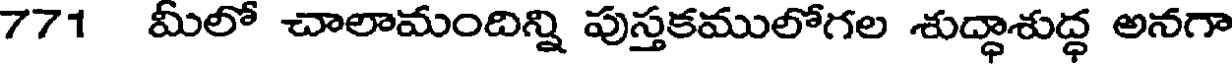
771 మీలో చాలామందిన్ని పుస్తకములోగల శుద్ధాశుద్ధ అనగా